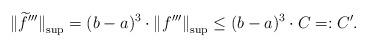
LaTeX: \begin{align*} \left\Vert \smash{\widetilde{f}}'''\right\Vert _{\sup} = (b-a)^{3} \cdot \left\Vert f'''\right\Vert_{\sup} \leq (b-a)^{3}\cdot C =: C'.\end{align*}